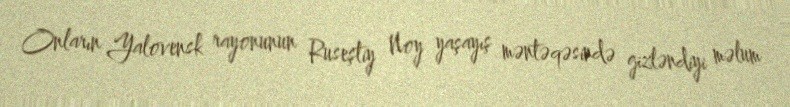
Onların Yalovensk rayonunun Ruseştiy Noy yaşayış məntəqəsində gizləndiyi məlum